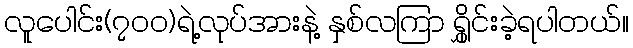
လူပေါင်း(၇၀၀)ရဲ့လုပ်အားနဲ့ နှစ်လကြာ ရွှိုင်းခဲ့ရပါတယ်။